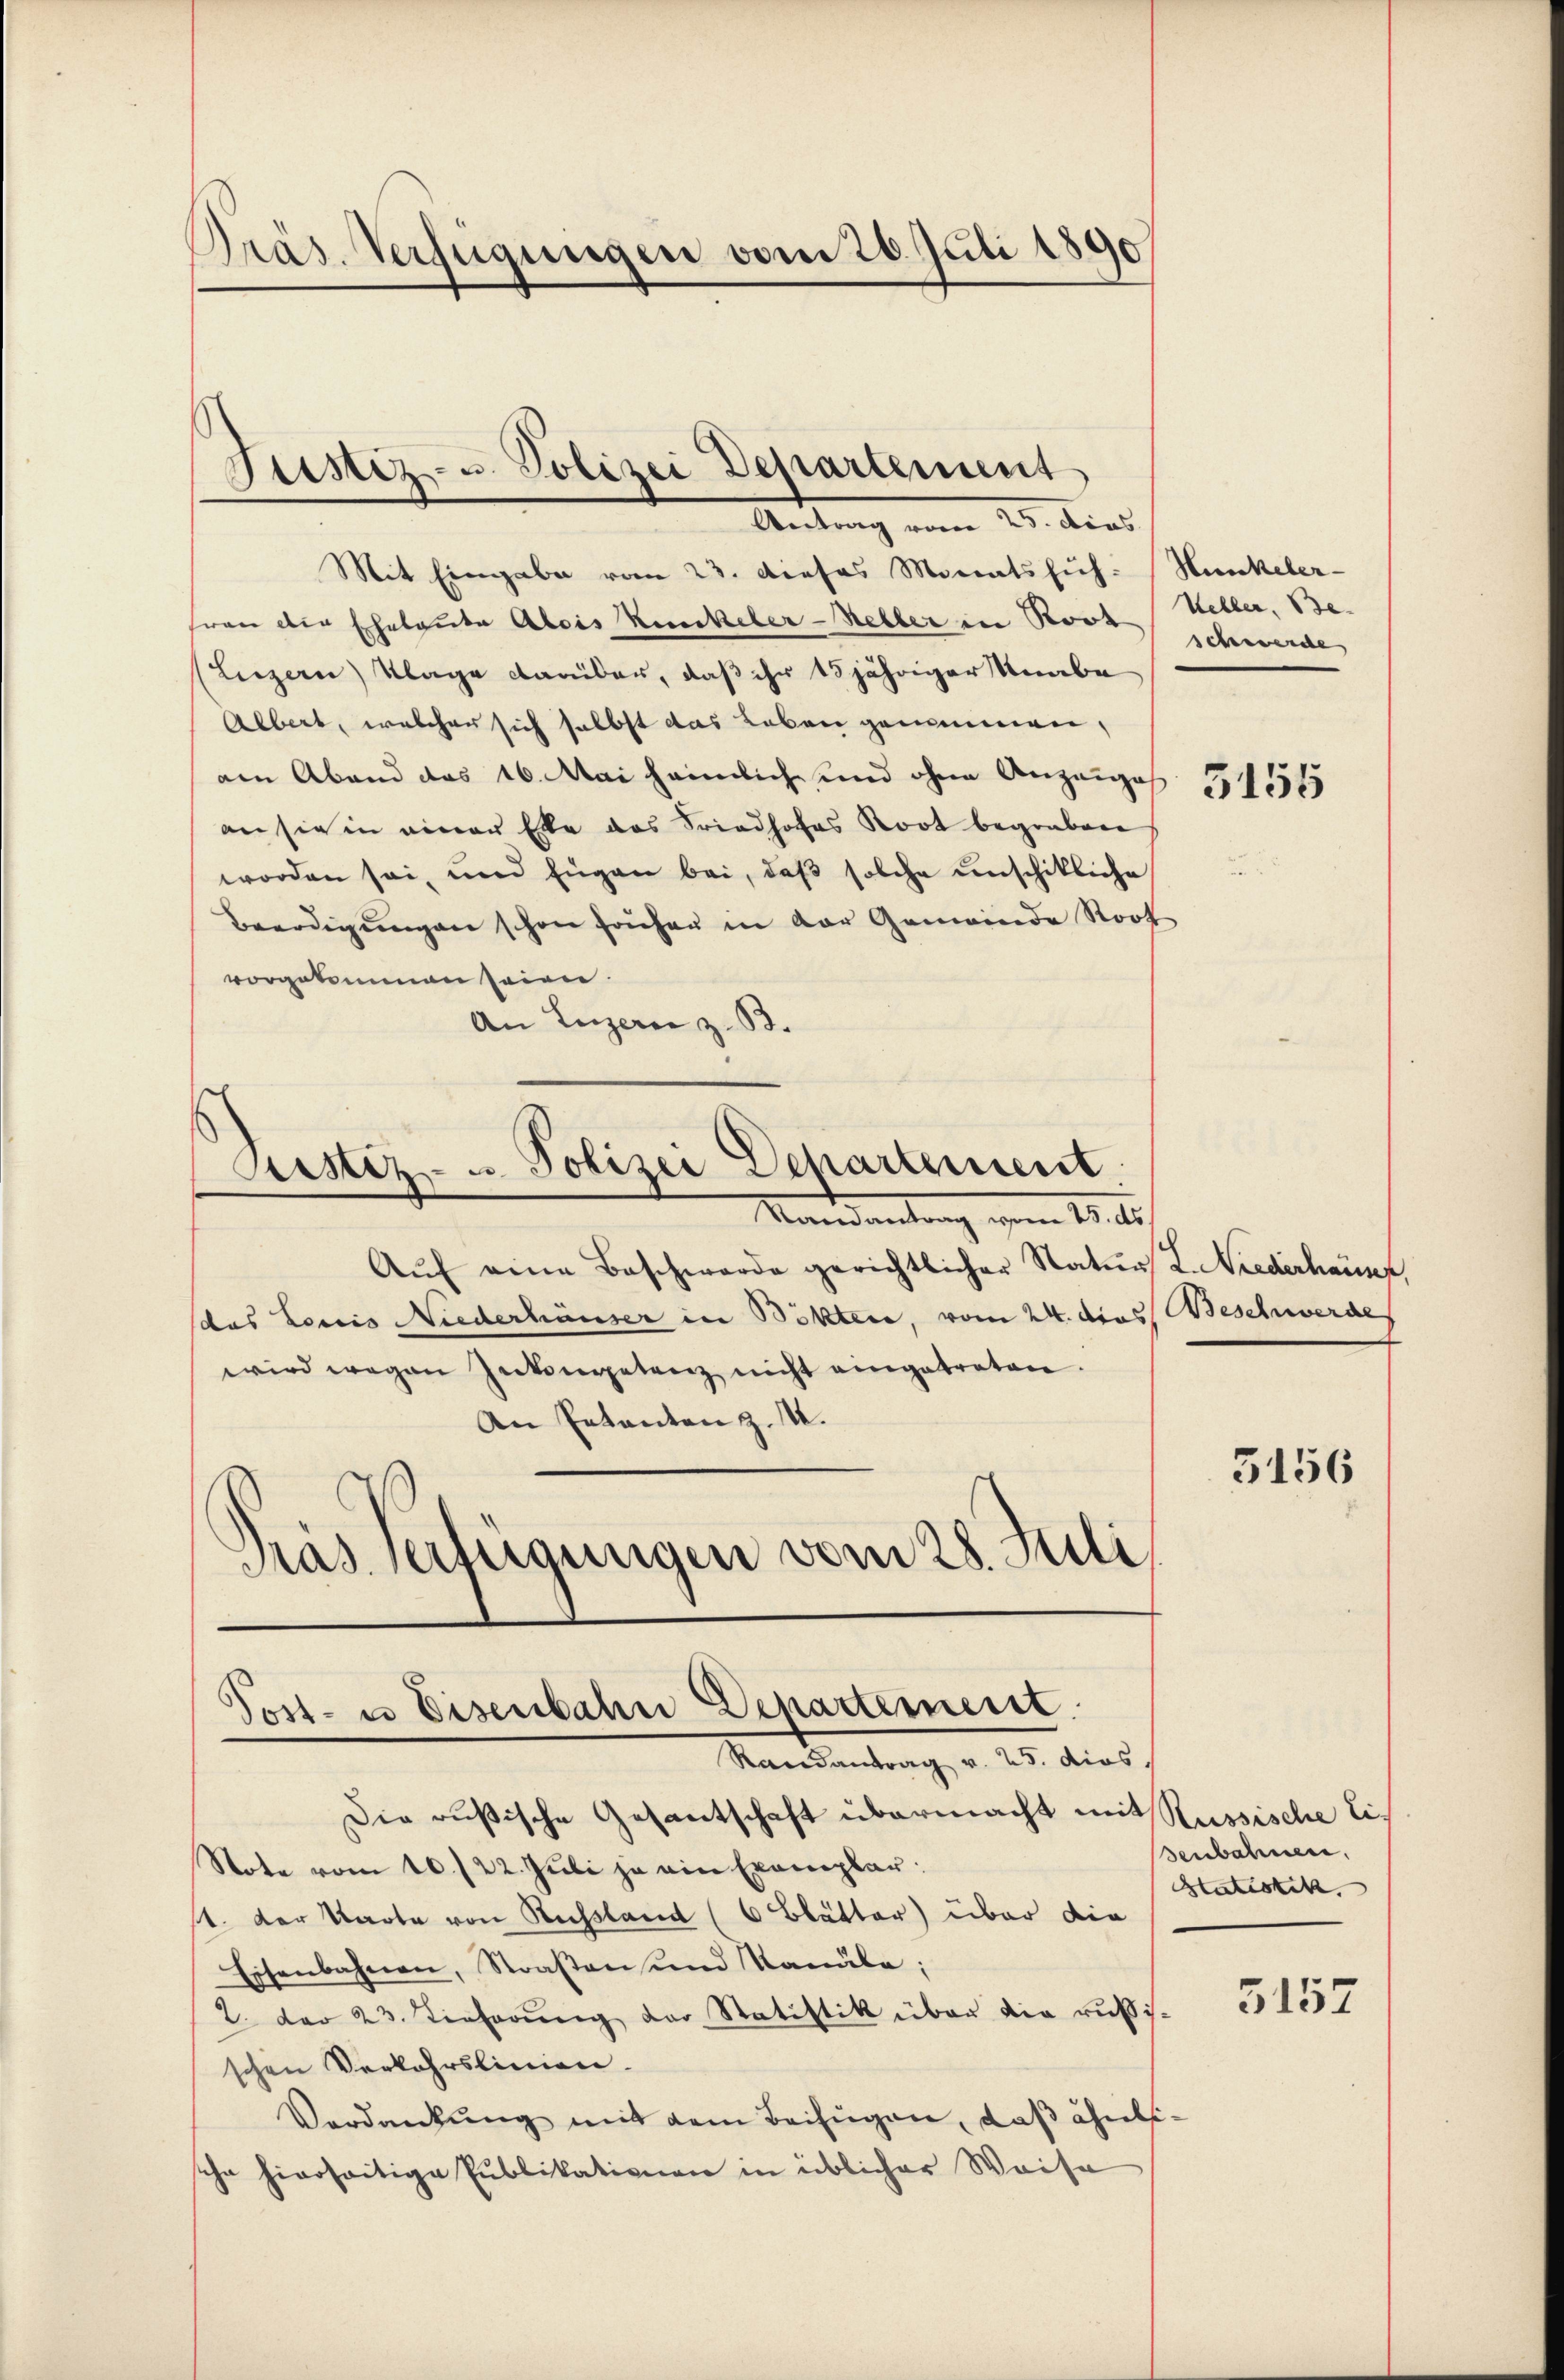
Präs. Verfügungen vom 26. Juli 1890

Mit Eingabe vom 23. dieses Monatssich.
frau die Eheleute Alois Kunkeler-Steller in Roos schwerde
Luzern) Klage darüber, daß ihr 15jähriger Knabe
Albert, welcher sich selbst das Leben genommen,
am Abend das 16. Mai heimlich und ohne Anzeiges
an sie in einer Ehe das Friedhofes Koot begraben
worden sei, und Eigen bei, daβ solche unschikliche
Beerdigŭngen schon frühen in der Gemeinde Stoot
vorgekommen seien.
An Luzern z. B.
Justiz- u. Polizei Departement
Mandantrag vom 15. d.
Aŭf eine Beschwerde gerichtlicher Natur L. Niederhausf
das Loccis Niederhäuser in Böhter, vom 24. dies Beschwerde
wird wegen Inkompetenz nicht eingetreten.
An Petenten z. 14.
ras Verfügungen vom 28. Juli

Justiz- u. Polizei Departement
Vertrag vom 25. dies

Post- u Eisenbahn Departement
Randantrag v. 25. dies

Hunkeler-
Uebler, Be
3155

Die oußische Gesantschaft übermacht mit Russische Li¬
Note vom 10./22. Juli ja ein Exemplar
st. Der Warte von Russland (6 Blätter) über die
Eisenbahnen, Straßen und Kanäle;
2. der 23. Tieferŭng der Statistik über die ruhisschen Verkehrslinien.
Verdankŭng mit dem Beifügen, daß ähnlische hierseitige Publikationen in üblicher Weise

5156

senbahnen,
Statistik

5157